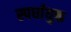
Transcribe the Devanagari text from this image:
स्पर्धायुक्त